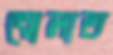
ঘোলাত